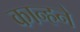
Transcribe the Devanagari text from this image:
कान्हने